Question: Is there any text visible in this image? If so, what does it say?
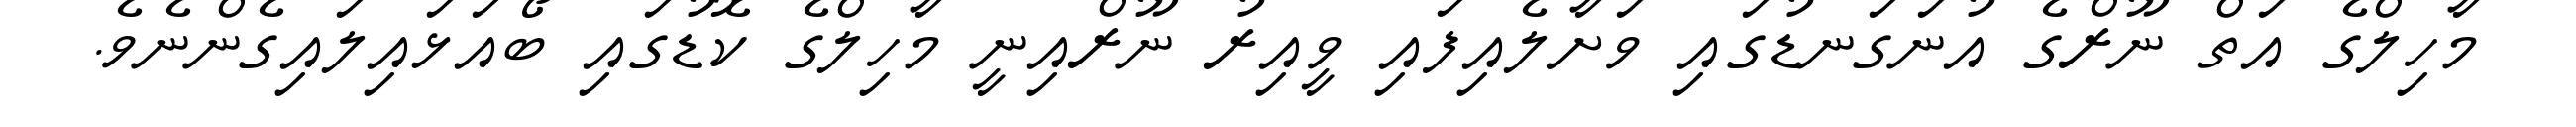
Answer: މާހިލްގެ އަތް ނޫރްގެ އުނަގަނޑުގައި ވަށާލެއިފައި ވީއިރު ނޫރްއިނީ މާހިލްގެ ކޮޑުގައި ބޯއަޅައިލައިގެންނެވެ.